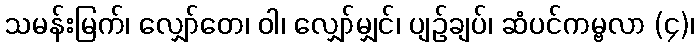
သမန်းမြက်၊ လျှော်တေ၊ ဝါ၊ လျှော်မျှင်၊ ပျဉ်ချပ်၊ ဆံပင်ကမ္ဗလာ (၄)၊